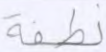
نطفة